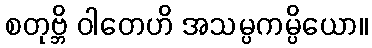
စတုဗ္ဘိ ဝါတေဟိ အသမ္ပကမ္ပိယော။